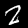
Digit: 2